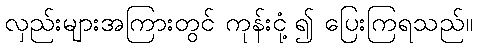
လှည်းများအကြားတွင် ကုန်းငုံ့၍ ပြေးကြရသည်။